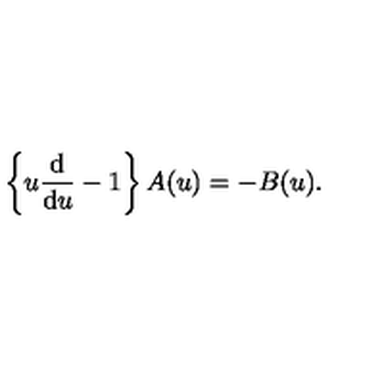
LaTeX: \left\{ u \frac { \mathrm { d } } { \mathrm { d } u } - 1 \right\} A ( u ) = - B ( u ) .